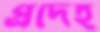
প্রদেহ